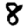
Digit: 8